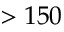
> 1 5 0